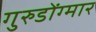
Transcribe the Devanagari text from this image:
गुरुडोंग्मार